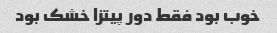
خوب بود فقط دور پیتزا خشک بود